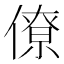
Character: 僚